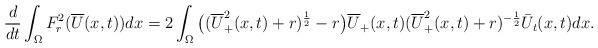
LaTeX: \begin{align*}\frac{d}{dt}\int_\Omega F_r^2(\overline U(x,t))dx=2\int_\Omega\big((\overline U_+^2(x,t)+r)^{\frac{1}{2}}-r\big) \overline U_+(x,t)(\overline U_+^2(x,t)+r)^{-\frac{1}{2}}\bar U_t(x,t)dx.\end{align*}